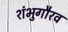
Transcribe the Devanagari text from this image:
शंभुगौरव